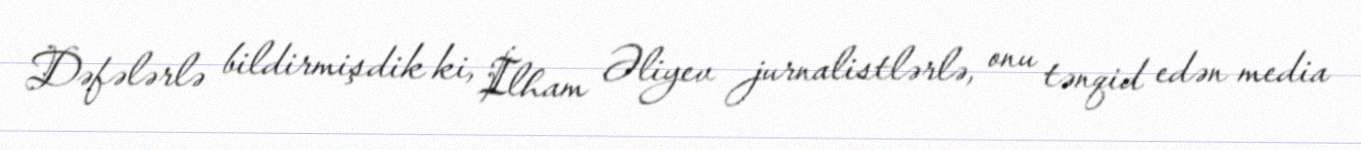
Dəfələrlə bildirmişdik ki, İlham Əliyev jurnalistlərlə, onu tənqid edən media